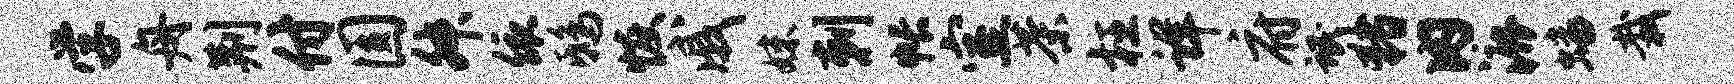
学舟荆付圆舛依鸱恢戚妹剌帐室茶枉详府氓猪内漉蟠栽